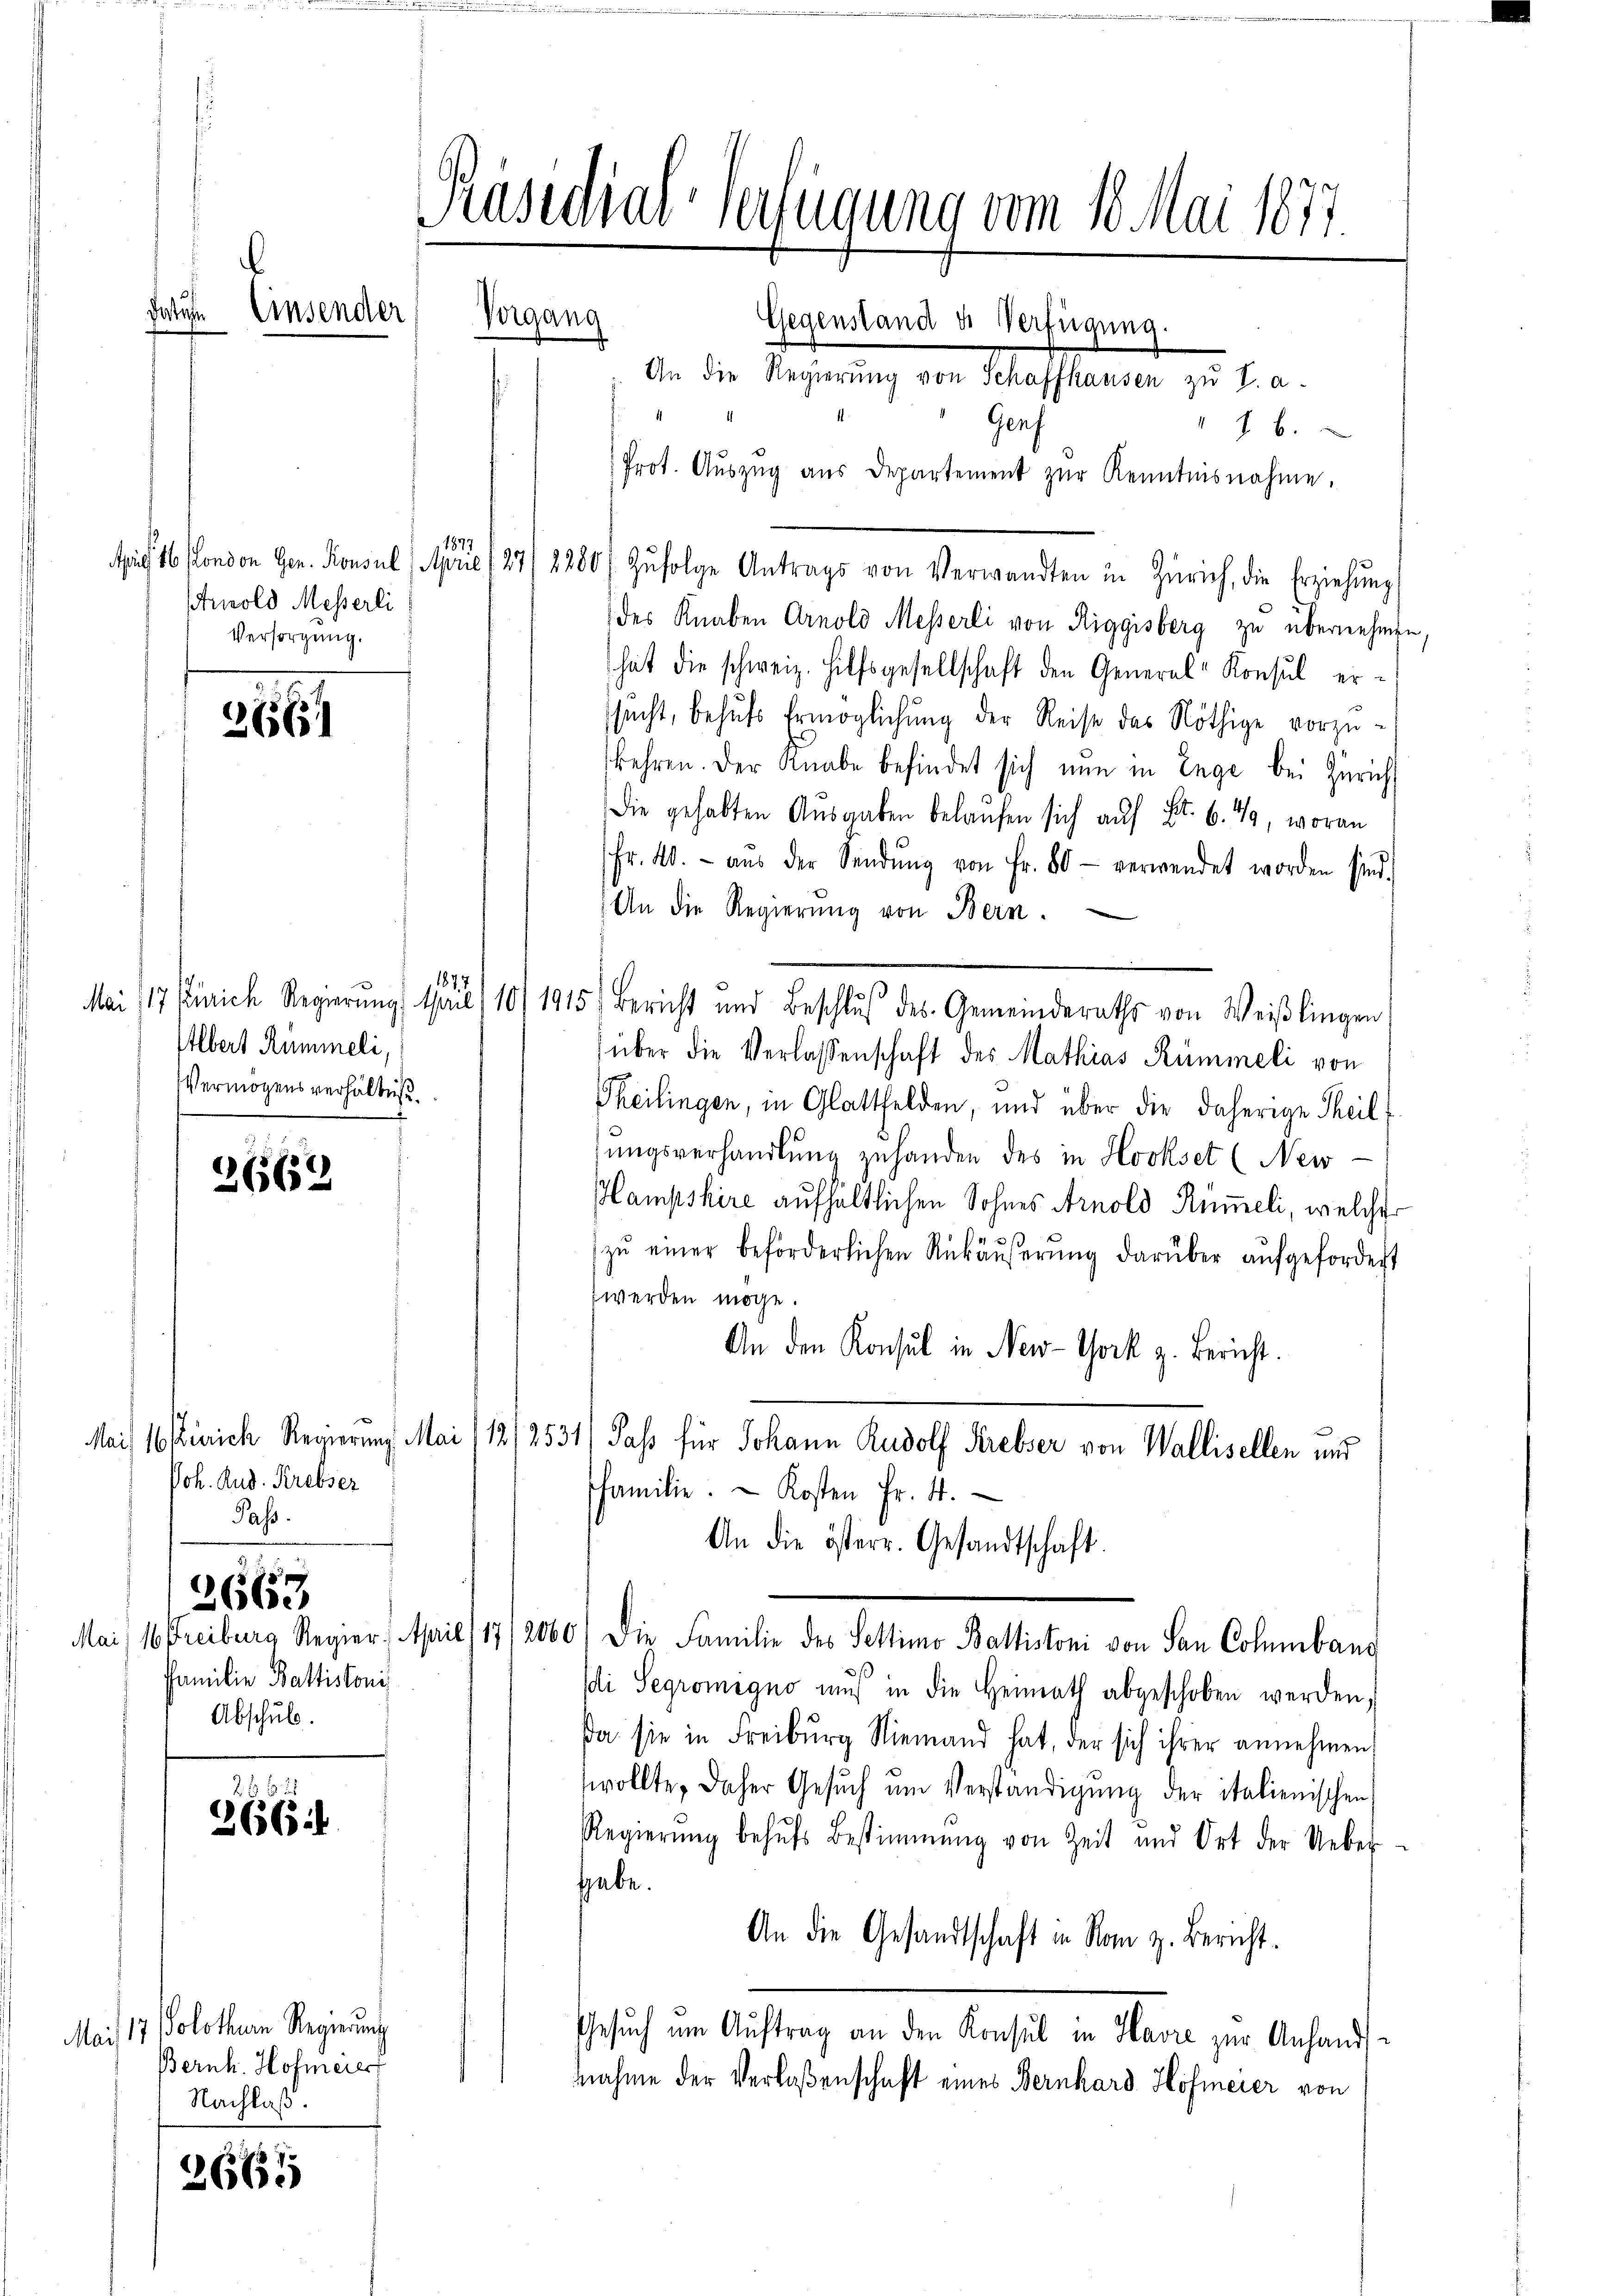
Wehn

6

26652

2663

23625
266 1

2665

.
Einsender

11877
Arnold Messerli
Versorgung.

1877.
Elbert Rümmeli,
Vermögensverhältniß

Joh. Rud. Krebser
Pass.

Familie Baltistori
Abschul

Mais 17. Solothur Regierung
Bernh. Hofmerer
Nachlaß.

Präsidial-Verfügung vom 1. Mai 1877.
e
Vorgang
Gegenstand u. Verfügung.
An die Regierung von Schaffhausen zu S. a.
Genf
 6.
Prot. Aŭszŭg aŭs Departement zŭr Kenntnisnahme.

Aug. 16. London Gen. Konsul (April 1871 2280/ Zŭfolge Antrags von Verwandten in Zürich, die Erziehŭng
des Knaben Arnold Messerli von Riggisberg zu übernehmen,
hat die schweiz. Hilfsgesellschaft den General-Konsul erssucht, behufs Ermöglichung der Reise das Nöthige vorzukehren. Der Knabe befindet sich nun in Enge bei Zürich
Die gehabten Ausgaben belaufen sich auf Fr. 6. 49, woran
Fr. 40.- aŭs der Sendŭng von Fr. 80 - verwendet worden sind.
An die Regierŭng von Bern.
Mai/17 Zürich Regierŭng an 1 10/1915) Bericht und Beschlŭβ des Gemeinderaths von Weißlingen
über die Verlassenschaft des Mathias Rümmeli von
Theilingen, in Glattfelden, und über die daherige Theilsungsverhandlung zu handen des in Hookset (New-
Hampshire aufhaltlichen Sohnes Arnold Rümeli, welcher
zŭ einer beförderlichen Rükäŭserŭng darüber aŭfgefordert
werden möge.
An den Konsul in New-York z. Bericht.
Mais 16 Zürich Regierung. Mai (12/2531/ Jass für Johann Rudolf Krebser von Wallisellen und
familie. - Kosten Fr. 4.
An die österr. Gesandtschaft.
Mai 16 Freiburg Regier. April (17/2060) Die Familie des Settimo Baltistoni von San Columbang
si Segrömigno mŭs in die Heimath abgeschoben werden,
Da sie in Freiburg Niemand hat, der sich ihrer annehmen
wollte, daher Gesŭch ŭm Verständigŭng der italienischen
Regierŭng behŭfs Bestimmung von Zeit und Ort der Ueber-
hhabe.
An die Gesandtschaft in Rom z. Bericht.
Gesŭch um Auftrag an den Konsul in Havre zur Anhand-
nnahme der Verlaßenschaft eines Bernhard Hofmeier von